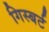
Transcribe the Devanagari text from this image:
गिस्बर्ट